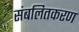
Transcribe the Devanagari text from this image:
संबलितकरण